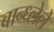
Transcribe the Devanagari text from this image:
बान्ध्लेले